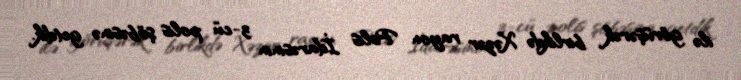
ilə görüşərək birlikdə Xəzər rayon Polis İdarəsinin 3-cü polis şöbəsinə getdik.